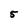
Character: 5